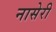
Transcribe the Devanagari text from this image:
नासेरी